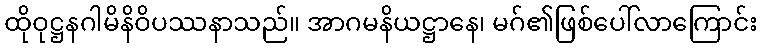
ထိုဝုဋ္ဌနဂါမိနိဝိပဿနာသည်။ အာဂမနိယဋ္ဌာနေ၊ မဂ်၏ဖြစ်ပေါ်လာကြောင်း